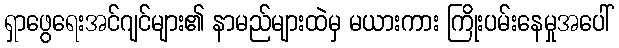
ရှာဖွေရေးအင်ဂျင်များ၏ နာမည်များထဲမှ မယားကား ကြိုးပမ်းနေမှုအပေါ်